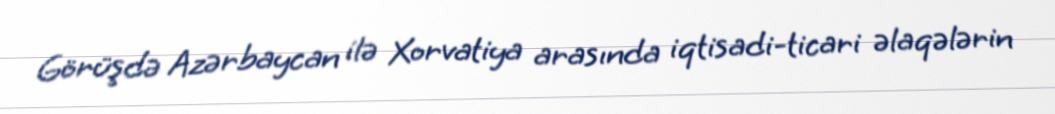
Görüşdə Azərbaycan ilə Xorvatiya arasında iqtisadi-ticari əlaqələrin